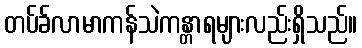
တပ်ခ်လာမာကန်သဲကန္တာရများလည်းရှိသည်။